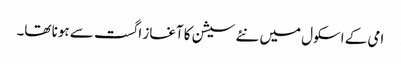
امی کے اسکول میں نئے سیشن کا آغاز اگست سے ہونا تھا۔